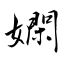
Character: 嫻